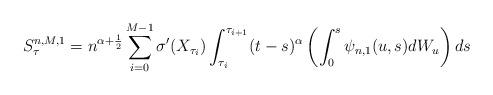
LaTeX: \begin{align*} S^{n,M,1} _\tau = n^{\alpha+\frac 12} \sum_{i=0} ^{M-1} \sigma'(X_{\tau_i}) \int_{\tau_i} ^{\tau_{i+1}} (t-s)^\alpha \left( \int_0^s \psi_{n,1}(u,s) dW_u \right) ds\end{align*}